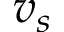
v _ { s }